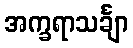
အက္ခရာသင်္ချာ